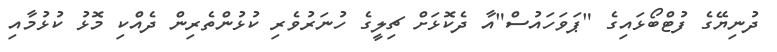
ދުނިޔޭގެ ފުޓްބޯޅައިގެ "ޕަވަހައުސް"އާ ދެކޮޅަށް ޗިލީގެ ހުނަރުވެރި ކުޅުންތެރިން ދެއްކި މޮޅު ކުޅުމާއި